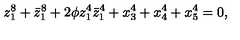
z _ { 1 } ^ { 8 } + \bar { z } _ { 1 } ^ { 8 } + 2 \phi z _ { 1 } ^ { 4 } \bar { z } _ { 1 } ^ { 4 } + x _ { 3 } ^ { 4 } + x _ { 4 } ^ { 4 } + x _ { 5 } ^ { 4 } = 0 ,